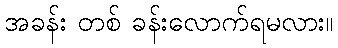
အခန်း တစ် ခန်းလောက်ရမလား။